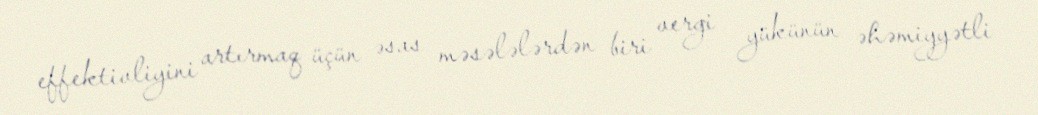
effektivliyini artırmaq üçün əsas məsələlərdən biri vergi yükünün əhəmiyyətli